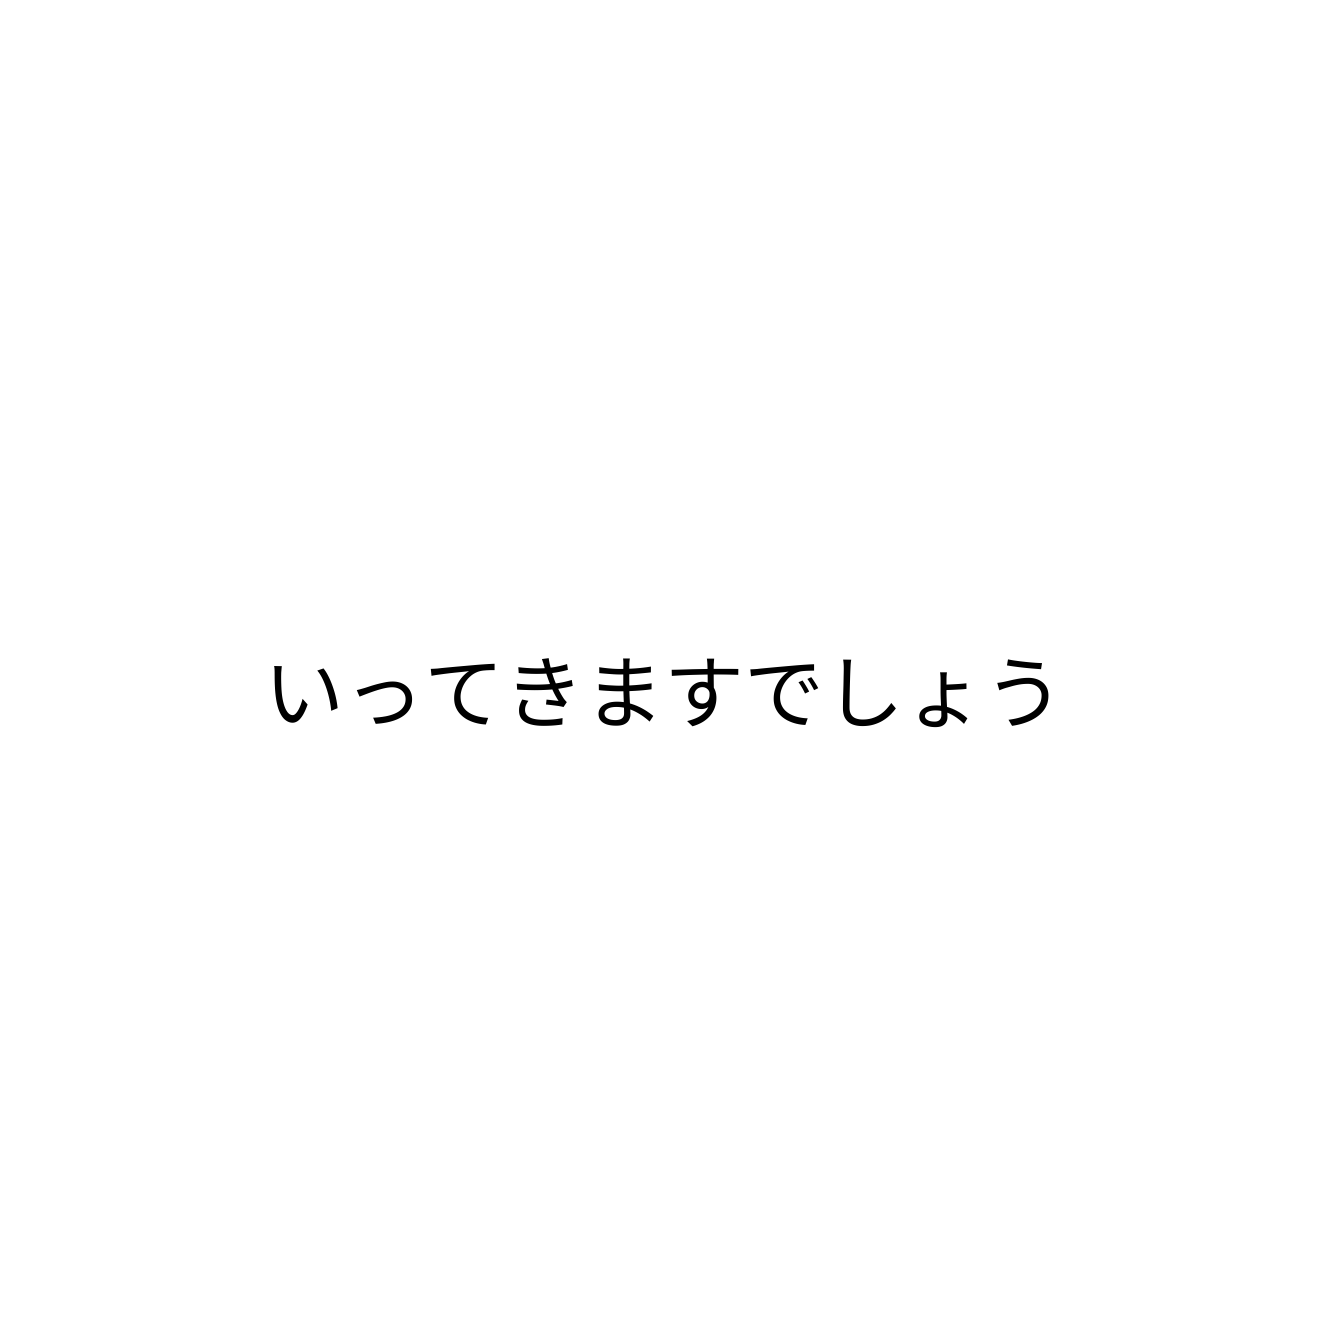
いってきますでしょう